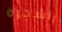
الشجرة